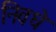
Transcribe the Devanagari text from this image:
निवधे